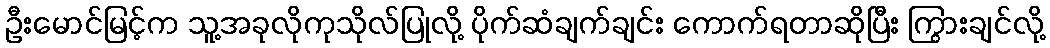
ဦးမောင်မြင့်က သူ့အခုလိုကုသိုလ်ပြုလို့ ပိုက်ဆံချက်ချင်း ကောက်ရတာဆိုပြီး ကြွားချင်လို့